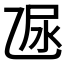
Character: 𠃮